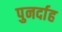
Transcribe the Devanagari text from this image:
पुनर्दाह